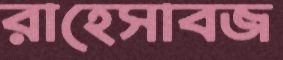
রাহেসাবজ